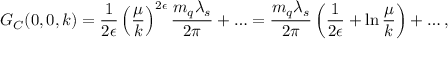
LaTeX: G _ { C } ( 0 , 0 , k ) = { \frac { 1 } { 2 \epsilon } } \left( { \frac { \mu } { k } } \right) ^ { 2 \epsilon } { \frac { m _ { q } \lambda _ { s } } { 2 \pi } } + \ldots = { \frac { m _ { q } \lambda _ { s } } { 2 \pi } } \left( { \frac { 1 } { 2 \epsilon } } + \ln { \frac { \mu } { k } } \right) + \ldots ,